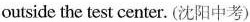
outside the test center. (沈阳中考)